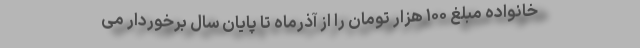
خانواده مبلغ ۱۰۰ هزار تومان را از آذرماه تا پایان سال برخوردار می